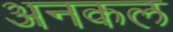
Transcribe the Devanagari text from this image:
अनकल